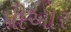
પીઆર